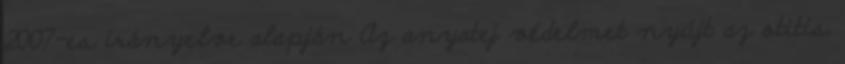
2007-es irányelve alapján Az anyatej védelmet nyújt az otitis